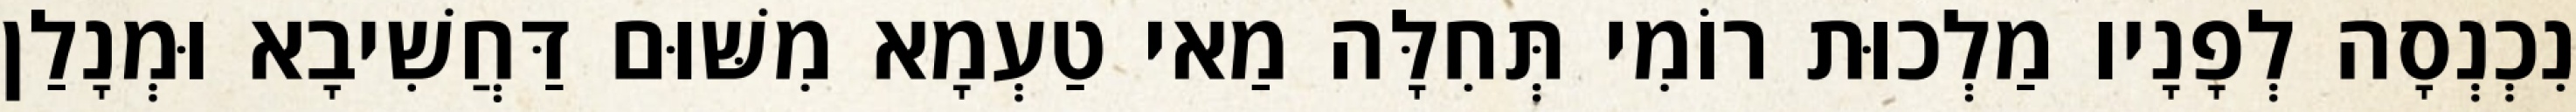
נִכְנְסָה לְפָנָיו מַלְכוּת רוֹמִי תְּחִלָּה מַאי טַעְמָא מִשּׁוּם דַּחֲשִׁיבָא וּמְנָלַן